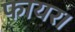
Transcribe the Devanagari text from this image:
फायर।